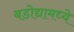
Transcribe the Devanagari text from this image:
बडोद्यामध्ये